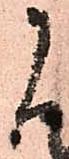
に